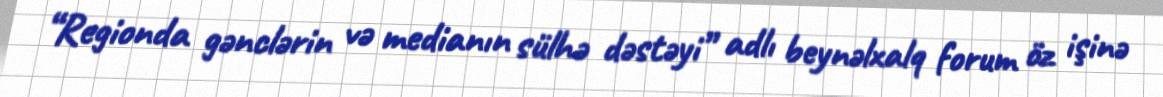
“Regionda gənclərin və medianın sülhə dəstəyi” adlı beynəlxalq forum öz işinə